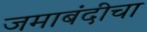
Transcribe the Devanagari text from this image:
जमाबंदीचा